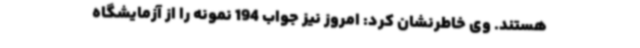
هستند. وی خاطرنشان کرد: امروز نیز جواب 194 نمونه را از آزمایشگاه